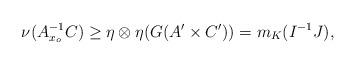
LaTeX: \begin{align*}\nu(A_{x_o}^{-1}C) \geq \eta \otimes \eta(G(A' \times C')) = m_{K}(I^{-1}J), \end{align*}